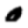
Digit: 0